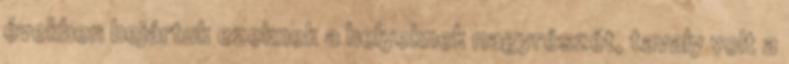
években bejártuk ezeknek a helyeknek nagyrészét, tavaly volt a